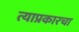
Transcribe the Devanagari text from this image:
त्याप्रकारचा